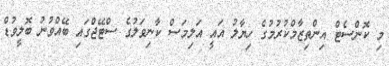
މި ކޮންސެޓް އިންތިޒާމްކުރުމުގެ ހިޔާލު އައީ އަލިމަސް ކާނިވަލުގެ ސްޓޭޖްގައި ބޭއްވުނު ބޮލީވުޑް